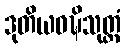
ဒုတိယဝဍ္ဎိသုတ္တံ